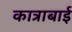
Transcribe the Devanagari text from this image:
कात्राबाई